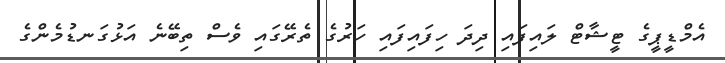
އެމްޑީޕީގެ ޓީޝާޓް ލައިފައި ދިދަ ހިފައިފައި ހަރުގެ ތެރޭގައި ވެސް ތިބޭނެ އަޅުގަނޑުމެންގެ